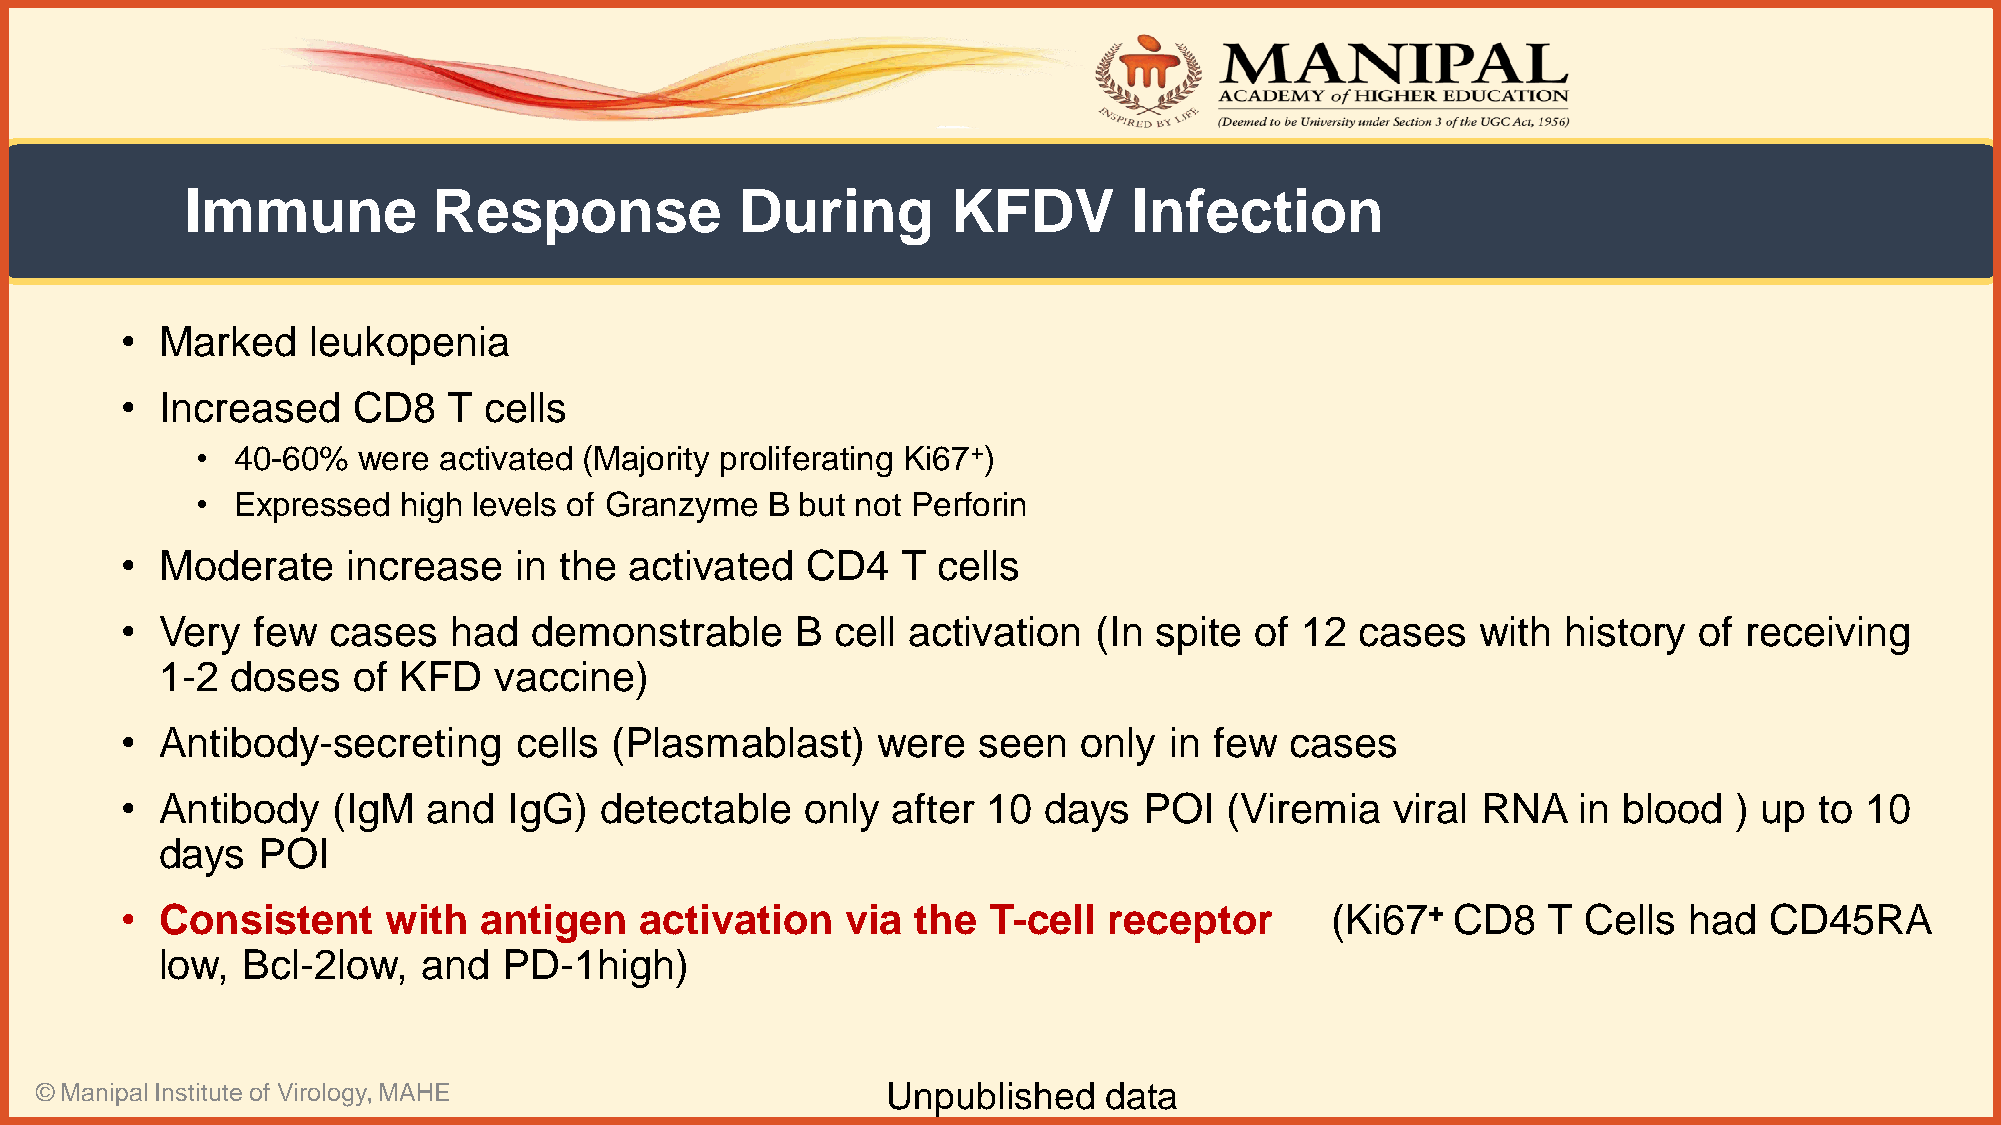
Immune           Response            During        KFDV        Infection
 •  Marked   leukopenia
 •  Increased   CD8    T cells
 • 40-60%   were activated (Majority proliferating Ki67+)
 • Expressed  high levels of Granzyme  B but not Perforin
 •  Moderate    increase   in the  activated  CD4    T cells
 •  Very  few  cases   had  demonstrable      B cell activation   (In spite of 12  cases   with  history of  receiving
 1-2 doses   of KFD    vaccine)
 •  Antibody-secreting     cells (Plasmablast)     were   seen   only in few  cases
 •  Antibody   (IgM  and   IgG)  detectable   only  after 10  days   POI  (Viremia   viral RNA   in blood   ) up to 10
 days  POI
 •  Consistent     with  antigen   activation    via  the T-cell  receptor       (Ki67+  CD8   T  Cells  had  CD45RA
 low, Bcl-2low,   and  PD-1high)
 © Manipal Institute of Virology, MAHE                    Unpublished   data